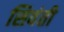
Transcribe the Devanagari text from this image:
सिवंती